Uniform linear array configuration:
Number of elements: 8
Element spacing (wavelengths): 0.5
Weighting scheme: cosine
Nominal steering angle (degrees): -45
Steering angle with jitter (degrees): -46.47
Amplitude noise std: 0.05
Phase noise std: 0.05

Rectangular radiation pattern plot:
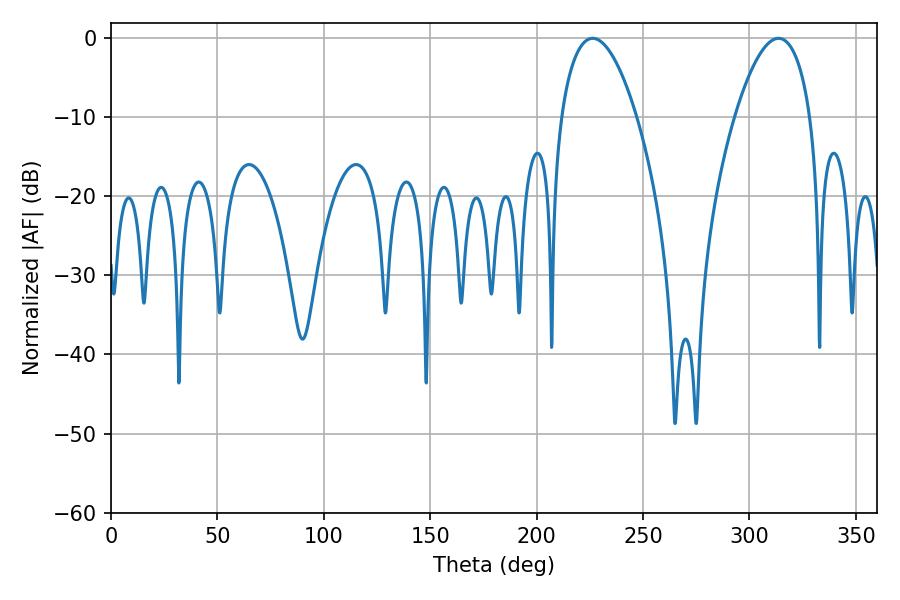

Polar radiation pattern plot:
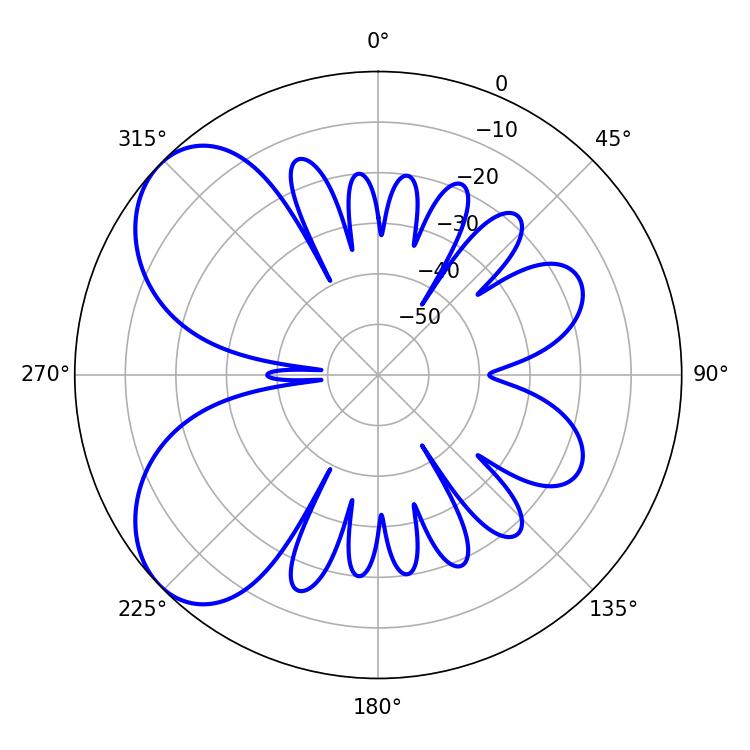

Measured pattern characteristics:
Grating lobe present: FALSE
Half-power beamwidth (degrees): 19.8
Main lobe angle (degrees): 226.26